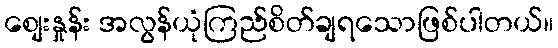
စျေးနှုန်း အလွန်ယုံကြည်စိတ်ချရသောဖြစ်ပါတယ်။